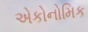
એકોનોમિક